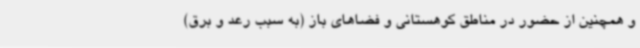
و همچنین از حضور در مناطق کوهستانی و فضاهای باز (به سبب رعد و برق)